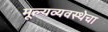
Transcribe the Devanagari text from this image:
मूल्यव्यवस्थेचा